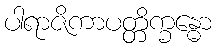
ပါရာဇိကာပတ္တိက္ခန္ဓော